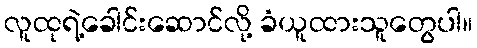
လူထုရဲ့ခေါင်းဆောင်လို့ ခံယူထားသူတွေပါ။